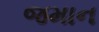
જમાન